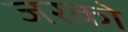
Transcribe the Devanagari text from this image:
जरको